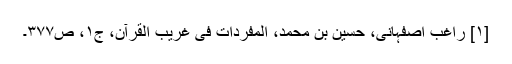
[۱] راغب اصفہانی، حسین بن محمد، المفردات فی غریب القرآن، ج۱، ص۳۷۷۔